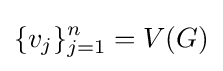
\{v_{j}\}_{j=1}^{n}=V(G)